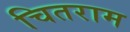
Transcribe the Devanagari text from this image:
चितराम